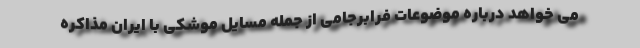
می خواهد درباره موضوعات فرابرجامی از جمله مسایل موشکی با ایران مذاکره